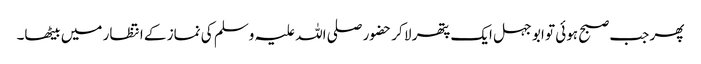
پھر جب صبح ہوئی تو ابو جہل ایک پتھر لا کر حضور صلی اللہ علیہ وسلم کی نماز کے انتظار میں بیٹھا۔